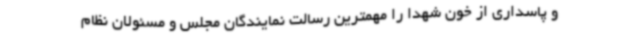
و پاسداری از خون شهدا را مهمترین رسالت نمایندگان مجلس و مسئولان نظام